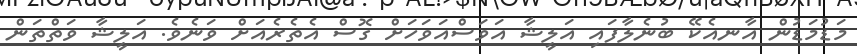
މަޑުމަޑުން އާނއެކޭ ބުނެލާފައި އަލީޝާ އަވަސްއަވަހަށް ގޮސް އެތެރެއަަށް ވަނެވެ. އަލީޝާ ވަތްތަން